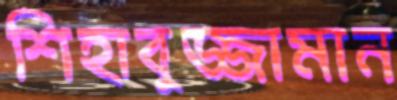
শিহাবুজ্জামান